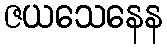
ဇယသေနေန